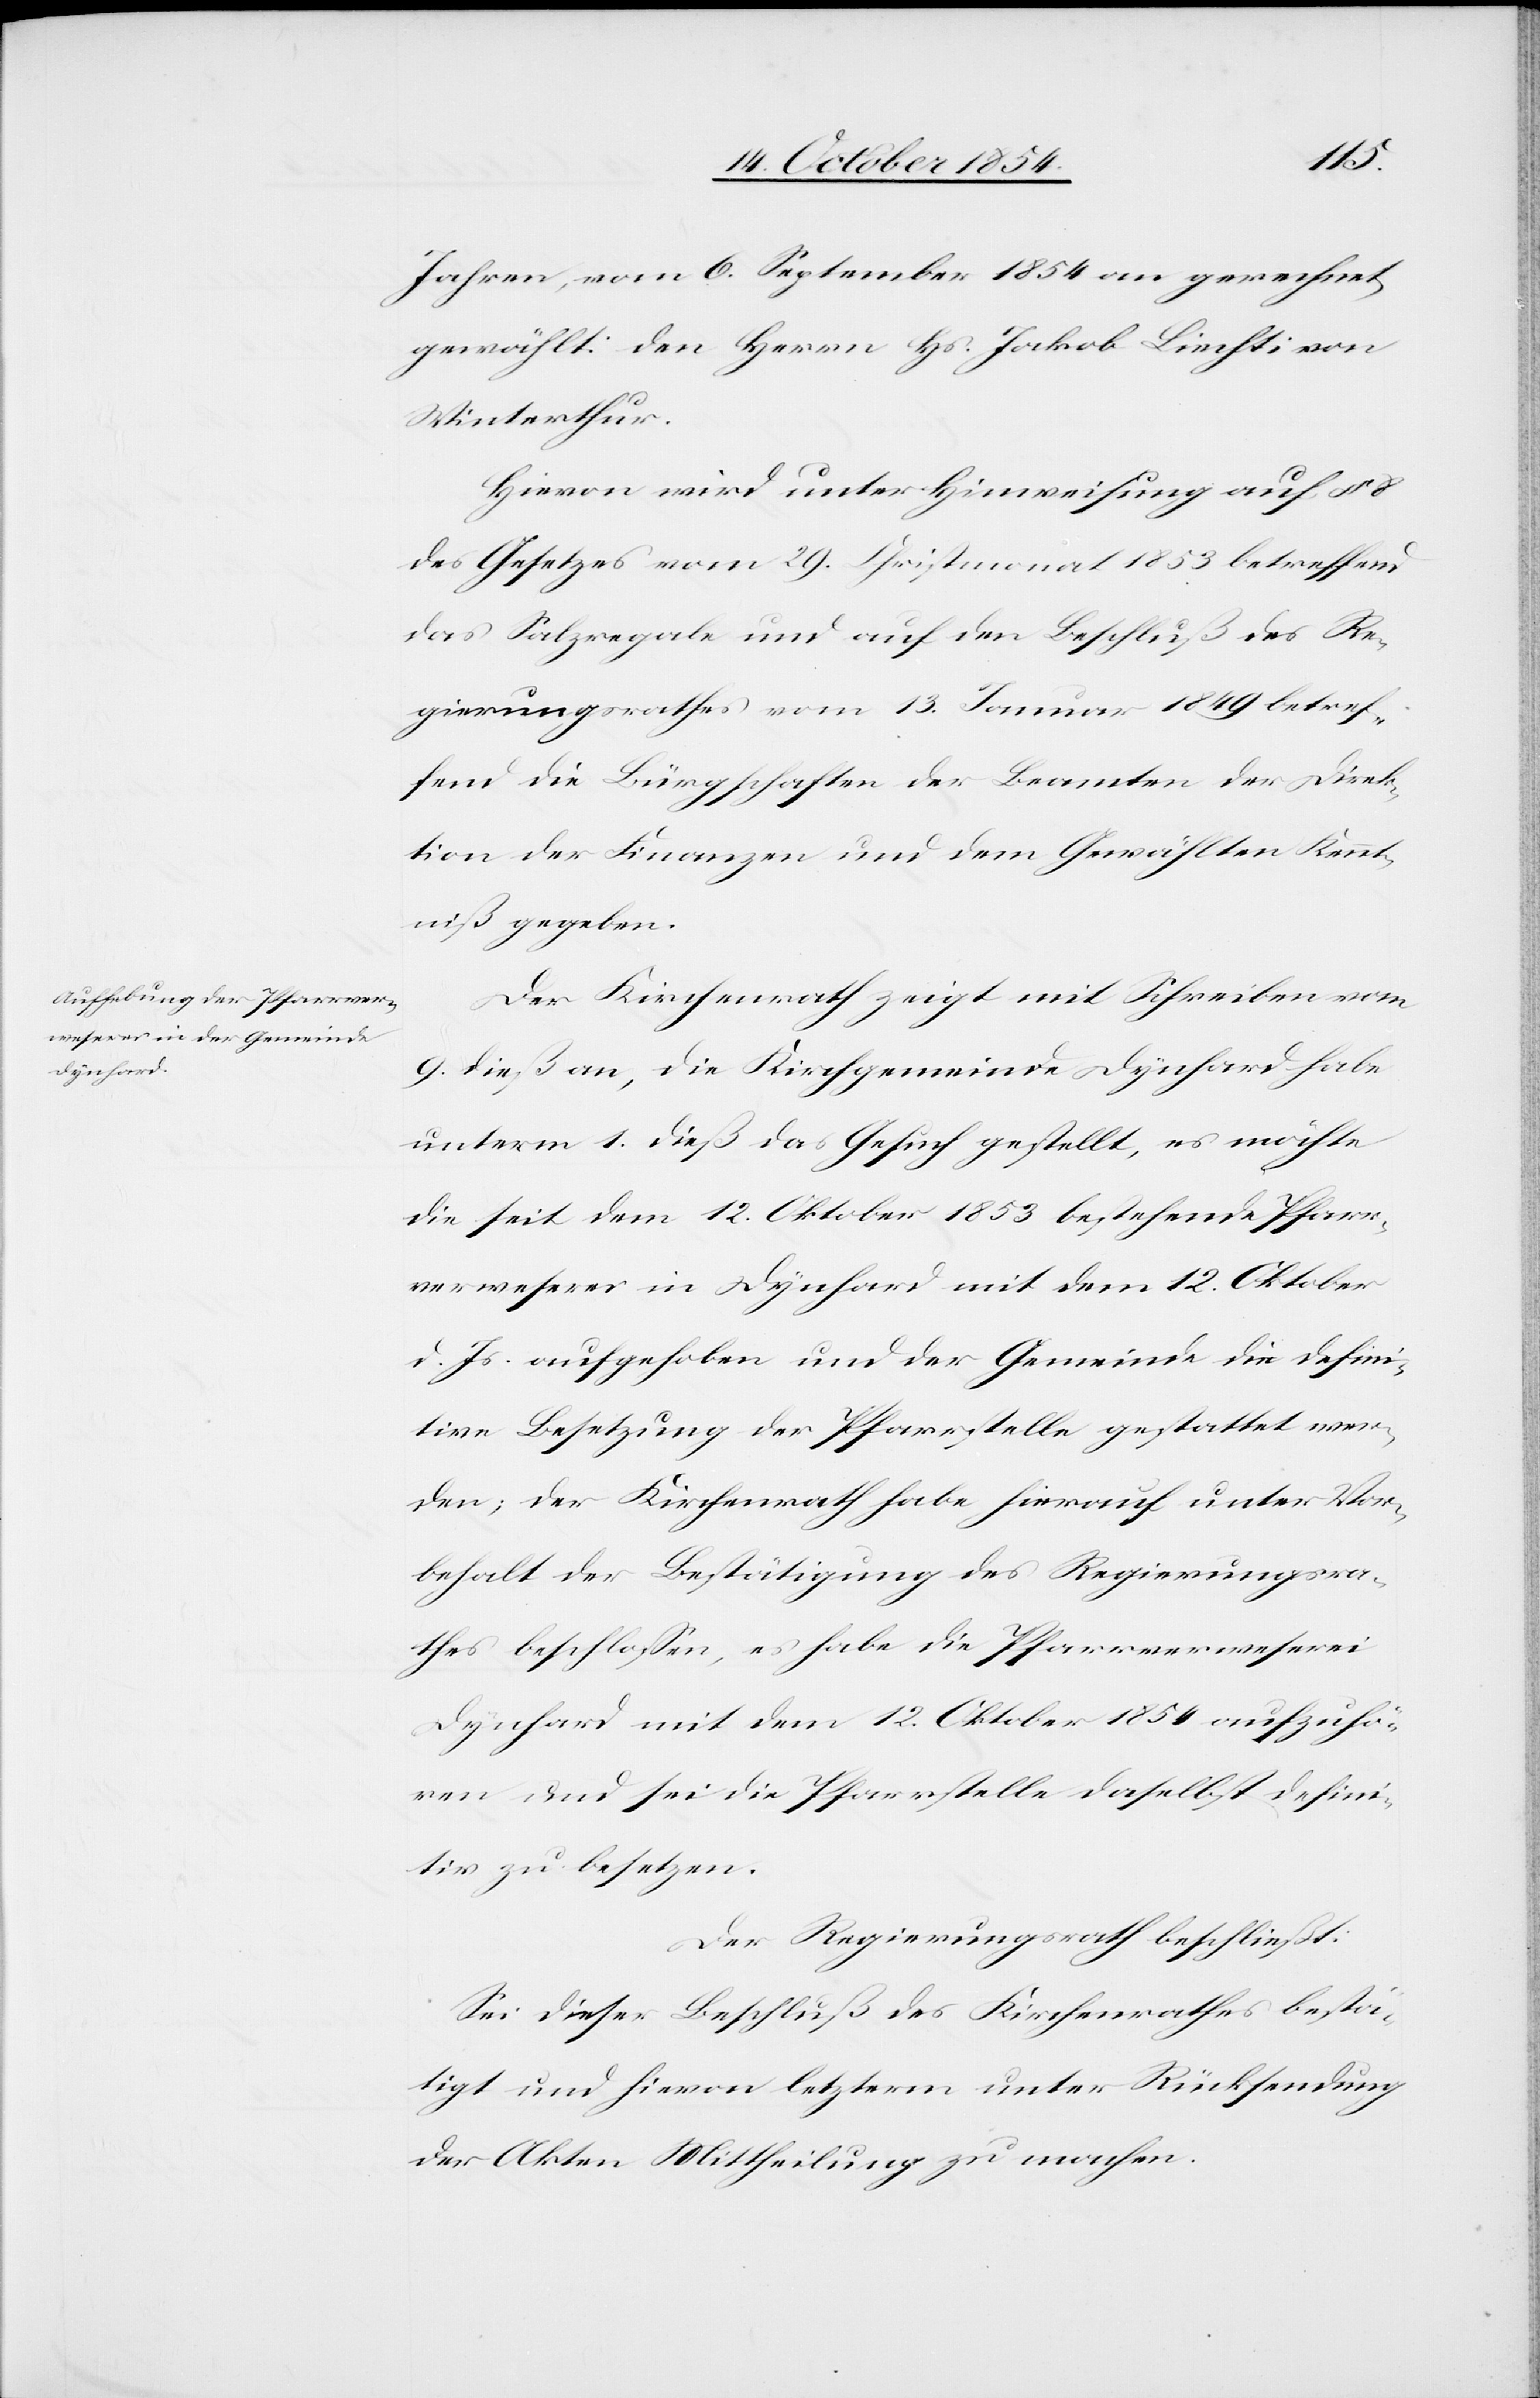
Jahren, vom 6. September 1854 an gerechnet,
gewählt: Den Herrn Hs. Jakob Liechti von
Winterthur.
Hievon wird unter Hinweisung auf § 8
des Gesetzes vom 29. Christmonat 1853 betreffend
das Salzregale und auf den Beschluß des Re¬
gierungsrathes vom 13. Januar 1849 betref¬
fend die Bürgschaften der Beamten der Direk¬
tion der Finanzen und dem Gewählten Kennt¬
niß gegeben.
Der Kirchenrath zeigt mit Schreiben vom
9. dieß an, die Kirchgemeinde Dynhard habe
unterm 1. dies das Gesuch gestellt, es möchte
die seit dem 12. Oktober 1853 bestehende Pfarr¬
verweserei in Dynhard mit dem 12. Oktober
d. Js. aufgehoben und der Gemeinde die defini¬
tive Besetzung der Pfarrstelle gestattet wer¬
den; der Kirchenrath habe hierauf unter Vor¬
behalt der Bestätigung des Regierungsra¬
thes beschloßen, es habe die Pfarrverweserei
Dynhard mit dem 12. Oktober 1854 aufzuhö¬
ren und sei die Pfarrstelle daselbst defini¬
tiv zu besetzen.
Der Regierungsrath beschließt:
Sei dieser Beschluß des Kirchenrathes bestä¬
tigt und hievon letzterm unter Rücksendung
der Akten Mittheilung zu machen.